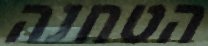
הטחנה